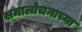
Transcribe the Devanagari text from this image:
समालोचनाच्या